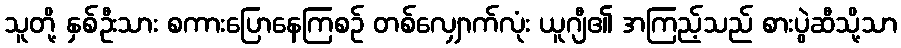
သူတို့ နှစ်ဦးသား စကားပြောနေကြစဉ် တစ်လျှောက်လုံး ယူဂျီ၏ အကြည့်သည် စားပွဲဆီသို့သာ